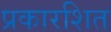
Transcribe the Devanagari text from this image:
प्रकारशित